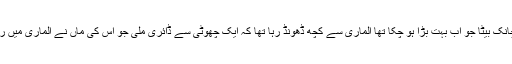
ایک دن اچانک بیٹا جو اب بہت بڑا ہو چکا تھا الماری سے کچھ ڈھونڈ رہا تھا کہ ایک چھوٹی سے ڈائری ملی جو اس کی ماں نے الماری میں رکھی تھی۔